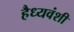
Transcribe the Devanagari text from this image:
हैध्यवंशी